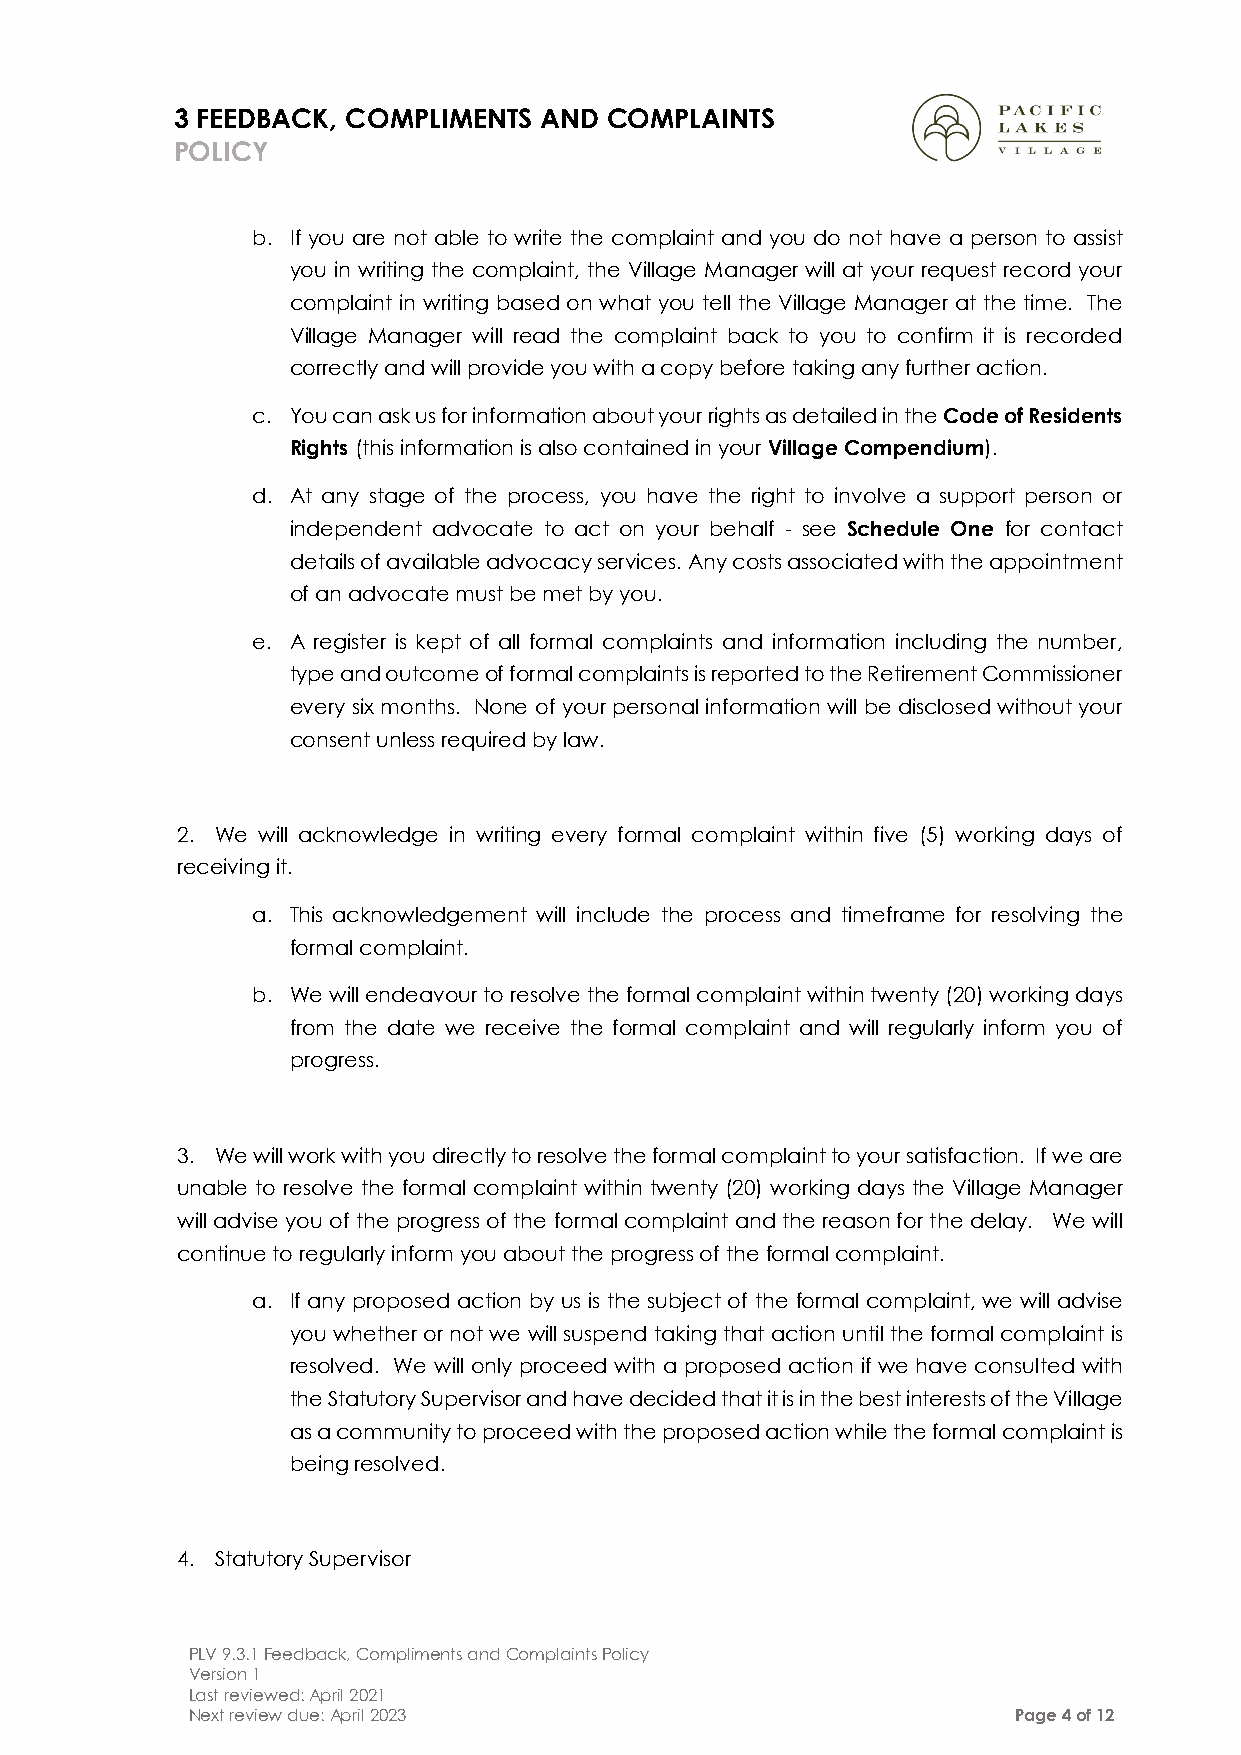
3 FEEDBACK, COMPLIMENTS AND COMPLAINTS
 POLICY
 b. If you are not able to write the complaint and you do not have a person to assist
 you in writing the complaint, the Village Manager will at your request record your
 complaint in writing based on what you tell the Village Manager at the time. The
 Village Manager will read the complaint back to you to confirm it is recorded
 correctly and will provide you with a copy before taking any further action.
 c. You can ask us for information about your rights as detailed in the Code of Residents
 Rights (this information is also contained in your Village Compendium).
 d. At any stage of the process, you have the right to involve a support person or
 independent advocate to act on your behalf - see Schedule One for contact
 details of available advocacy services. Any costs associated with the appointment
 of an advocate must be met by you.
 e. A register is kept of all formal complaints and information including the number,
 type and outcome of formal complaints is reported to the Retirement Commissioner
 every six months. None of your personal information will be disclosed without your
 consent unless required by law.
 2. We will acknowledge in writing every formal complaint within five (5) working days of
 receiving it.
 a. This acknowledgement will include the process and timeframe for resolving the
 formal complaint.
 b. We will endeavour to resolve the formal complaint within twenty (20) working days
 from the date we receive the formal complaint and will regularly inform you of
 progress.
 3. We will work with you directly to resolve the formal complaint to your satisfaction. If we are
 unable to resolve the formal complaint within twenty (20) working days the Village Manager
 will advise you of the progress of the formal complaint and the reason for the delay. We will
 continue to regularly inform you about the progress of the formal complaint.
 a. If any proposed action by us is the subject of the formal complaint, we will advise
 you whether or not we will suspend taking that action until the formal complaint is
 resolved. We will only proceed with a proposed action if we have consulted with
 the Statutory Supervisor and have decided that it is in the best interests of the Village
 as a community to proceed with the proposed action while the formal complaint is
 being resolved.
 4. Statutory Supervisor
 PLV 9.3.1 Feedback, Compliments and Complaints Policy
 Version 1
 Last reviewed: April 2021
 Next review due: April 2023                            Page 4 of 12